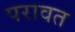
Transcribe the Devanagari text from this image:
परावत